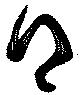
得